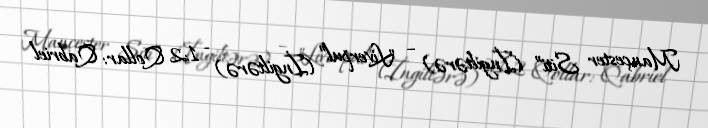
Mançester Siti” (İngiltərə) – "Liverpul” (İngiltərə) - 1:2 Qollar: Qabriel